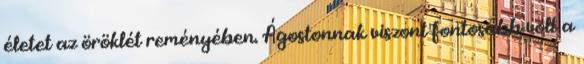
életet az öröklét reményében. Ágostonnak viszont fontosabb volt a